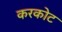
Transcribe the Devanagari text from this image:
करकोट